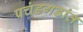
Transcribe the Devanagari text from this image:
प्रचंडगडांत